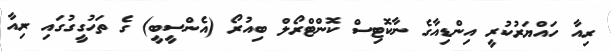
ރިއާ ހައްޔަރުކުރީ އިންޑިއާގެ ނާކޮޓިސް ކޮންޓްރޯލް ބިއުރޯ (އެންސީބީ) ގެ ތަހުގީގުގައި ރިއާ